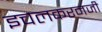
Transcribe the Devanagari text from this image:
इचलकरनजी